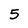
Character: 5